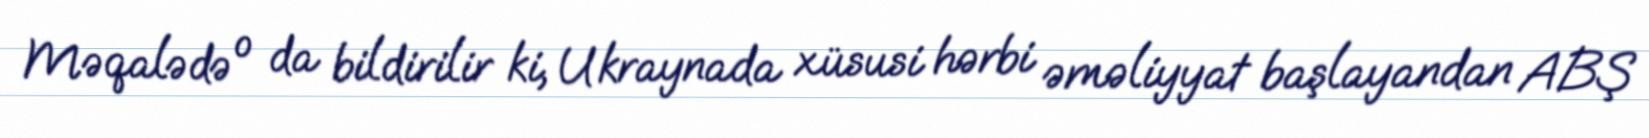
Məqalədə o da bildirilir ki, Ukraynada xüsusi hərbi əməliyyat başlayandan ABŞ